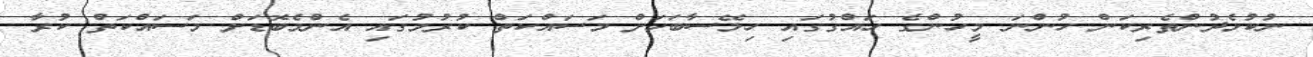
ނުކުޅެދުންތެރިކަން ހުންނަ މީހުންގެ ހައްގުގައި ހިލޭސާބަހަށް މަސައްކަތް ކުރުމުގައި އެންމެބޮޑަށް މަސައްކަތް ކުރާ